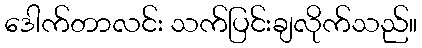
ဒေါက်တာလင်း သက်ပြင်းချလိုက်သည်။